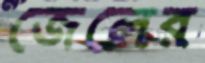
জেলের